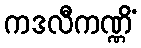
ကဒလီကဏ္ဏိံ